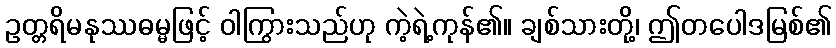
ဥတ္တရိမနုဿဓမ္မဖြင့် ဝါကြွားသည်ဟု ကဲ့ရဲ့ကုန်၏။ ချစ်သားတို့၊ ဤတပေါဒမြစ်၏